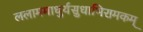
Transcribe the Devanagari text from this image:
ललाममाधुर्यसुधाभिरामकम्